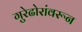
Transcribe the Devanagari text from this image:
गुरेढोरांवरून